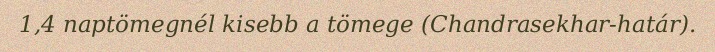
1,4 naptömegnél kisebb a tömege (Chandrasekhar-határ).